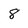
Character: 8